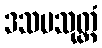
ဒသမသုတ္တံ